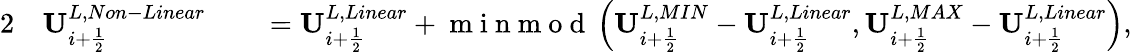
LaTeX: \begin{array}{rlrl}{{2}}&{{}\mathbf{U}_{i+\frac{1}{2}}^{L,Non-Linear}}&{}&{{}=\mathbf{U}_{i+\frac{1}{2}}^{L,Linear}+\mathrm{~m~i~n~m~o~d~}\left(\mathbf{U}_{i+\frac{1}{2}}^{L,MIN}-\mathbf{U}_{i+\frac{1}{2}}^{L,Linear},\mathbf{U}_{i+\frac{1}{2}}^{L,MAX}-\mathbf{U}_{i+\frac{1}{2}}^{L,Linear}\right),}\end{array}